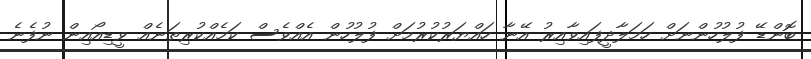
ބޮންޑޭ ފުލުހުންނަށް ހަމަލާދީފައިވާއިރު އޭނާ ހައްޔަރުކުރުމަށް ފުލުހުން އެއްވެސް ކަމެއްކުރިތަނެއް ވީޑިއޯއިން ނުފެނެ